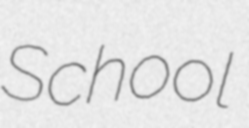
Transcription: School